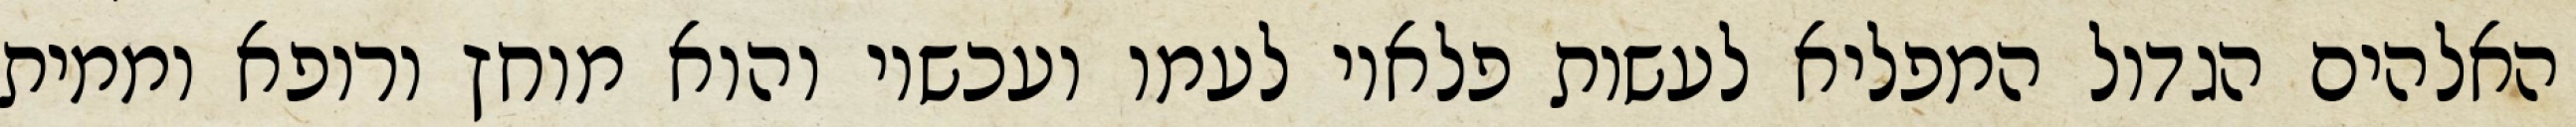
האלהים הגדול המפליא לעשות פלאיו לעמו ועכשיו והוא מוחץ ורופא וממית